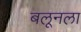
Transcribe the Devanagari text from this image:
बलूनला